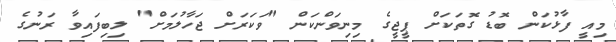
މިއީ ފާޅުކަން ބޮޑު ގޮތަކަށް ޕީޖީގެ މިނިވަންކަން "ވަކަރަށް ޖަހާލުމަށް" ލިބިފައިވާ ރަނުގެ